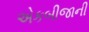
એકબીજાની